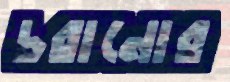
চরানোর